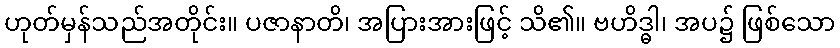
ဟုတ်မှန်သည်အတိုင်း။ ပဇာနာတိ၊ အပြားအားဖြင့် သိ၏။ ဗဟိဒ္ဓါ၊ အပ၌ ဖြစ်သော